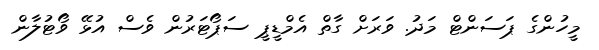
މީހުންގެ ޕަސަންޓް މަދު. ވަރަށް ގާތް އެމްޑީޕީ ސަޕޯޓަރުން ވެސް އުޅޭ ވޯޓުލާން